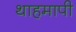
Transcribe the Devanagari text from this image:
थाहमापी